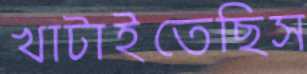
খাটাইতেছিস